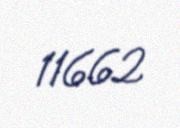
11662